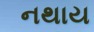
નથાય